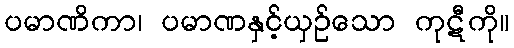
ပမာဏိကာ၊ ပမာဏနှင့်ယှဉ်သော ကုဋီကို။